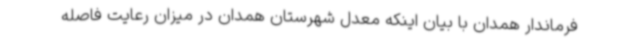
فرماندار همدان با بیان اینکه معدل شهرستان همدان در میزان رعایت فاصله